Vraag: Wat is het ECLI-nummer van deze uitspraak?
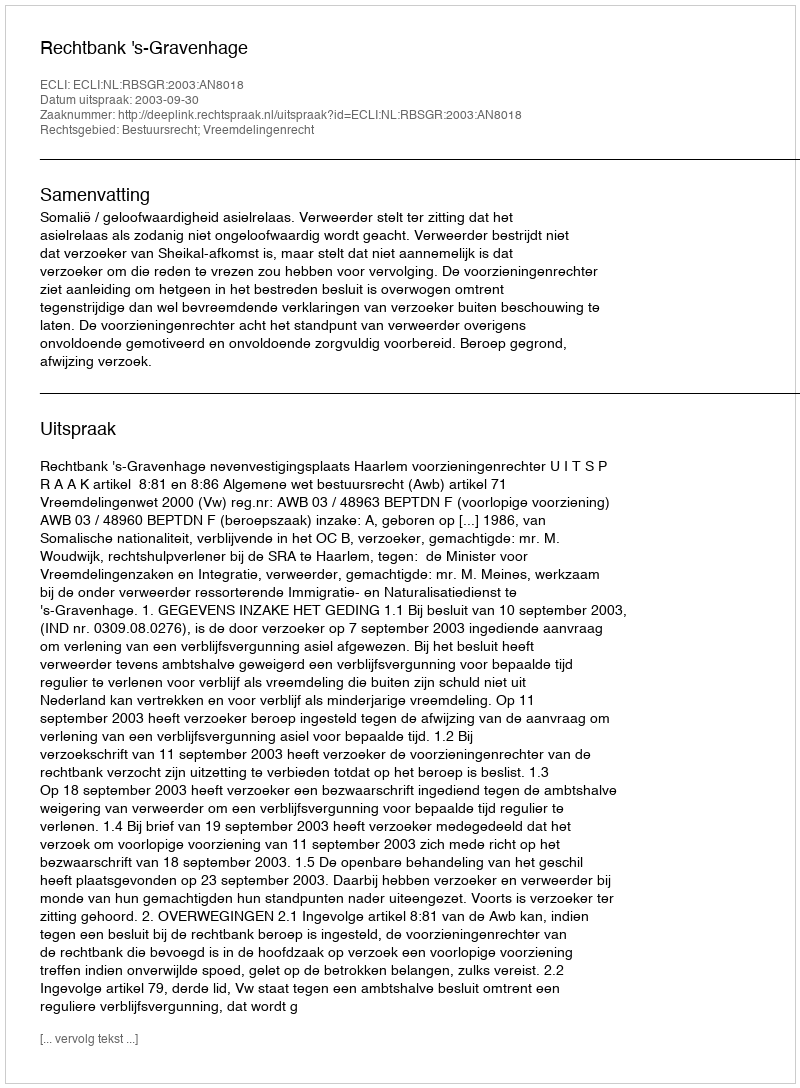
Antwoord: ECLI:NL:RBSGR:2003:AN8018